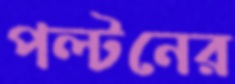
পল্টনের